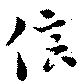
信